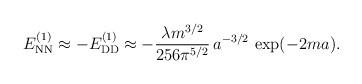
LaTeX: \begin{align*}E_{\rm NN}^{(1)}\approx -E_{\rm DD}^{(1)}\approx -\frac{\lambda m^{3/2}}{256\pi^{5/2}}\,a^{-3/2}\,\exp(-2ma).\end{align*}